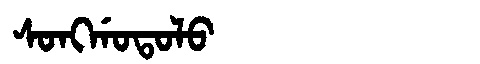
Manchu: ᠰᠣᠩᡤᠣᡨᠣᠯᠣ
Romanization: SONGGOTOLO